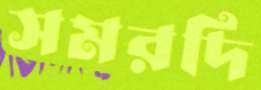
সমরদি